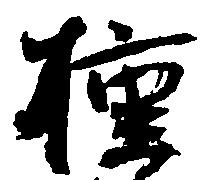
掠